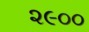
૨૯૦૦